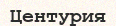
Центурия